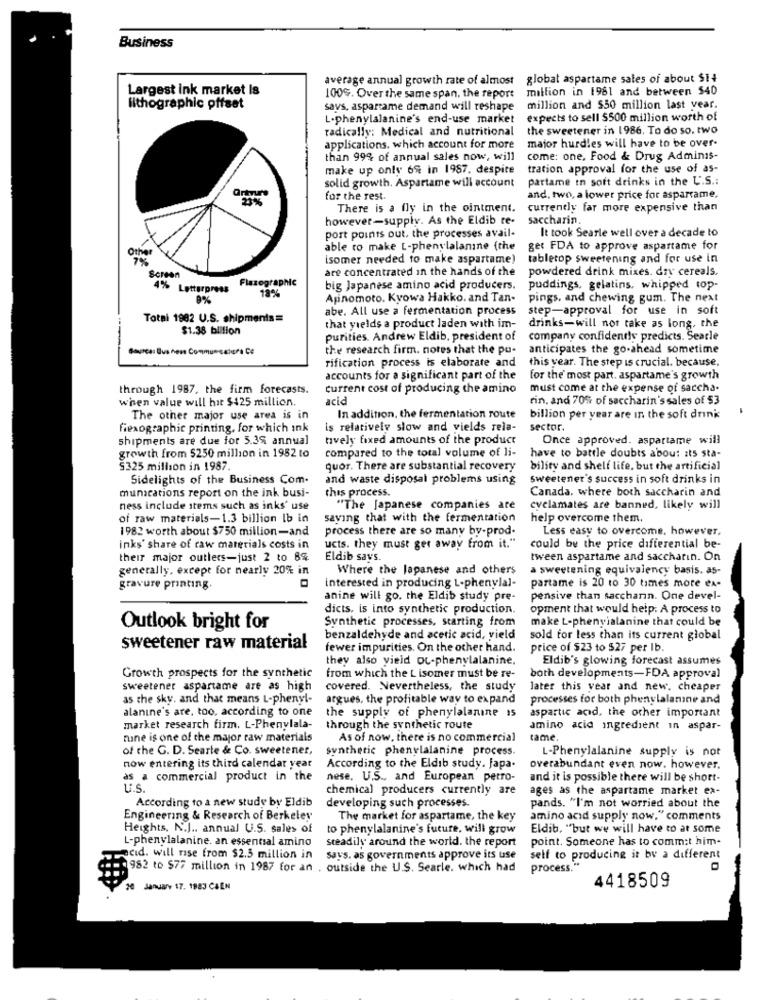
Business
average annual growth rate of almost globat aspartame sales of about $14
Largest ink market is
million in 1981 and between $40
100%. Over the same span, the report
lithographic offset
says, aspartame demand will reshape
million and $50 million last year.
L-phenylalanine's end-use market
expects to sell 5500 million worth of
radically; Medical and nutritional
the sweetener in 1986. To do so. two
applications, which account for more
major hurdles will have to be over-
than 99% of annual sales now, will
come: one, Food & Drug Adminis-
make up only 69 in 1987. despite
tration approval for the use of as-
partame in soft drinks in the U.S .:
solid growth. Aspartame will account
23%
for the rest.
and, two, a lower price for asparcame,
There is a fly in the ointment.
currently far more expensive than
however-supply. As the Eldib re-
saccharin.
port points out, the processes avail-
It took Searle well over a decade to
Other
able to make L-phenylalanine (the
get FDA to approve aspartame for
7%
isomer needed to make aspartame)
tabletop sweetening and for use in
are concentrated in the hands of the
powdered drink mixes. dry cereals.
Screen
Flazographic
4% Letterpress
18%
big Japanese amino acid producers.
puddings, gelatins, whipped top-
0%
Apinomoto. Kyowa Hakko. and Tan-
pings, and chewing gum. The next
abe. All use a fermentation process
step-approval for use in soft
Totai 1982 U.S. shipments=
$1.38 billion
that yields a product laden with im-
drinks-will not take as long, the
purities. Andrew Eldib, president of
company confidends predicts. Searle
Source: Bus hen Communsatura Ce
the research firm. notes that the pu-
anticipates the go-ahead sometime
this year. The step is crucial. because.
rification process is elaborate and
accounts for a significant part of the
for the most part. aspartame's growth
through 1987, the firm forecasts.
current cost of producing the amino
must come at the expense of saccha-
when value will hit $125 million.
acid
rin. and 70% of saccharin's sales of $3
The other major use area is in
In addition, the fermentation route
billion per year are In the soft drink
Fexographic printing, for which ink
is relatively slow and vields rela-
sector.
shipments are due for 5.39 annual
tively fixed amounts of the product
Once approved. aspartame will
compared to the total volume of li-
growth from $250 million in 1982 to
have to battle doubts about its sta-
5325 million in 1987.
quor. There are substantial recovery
bility and shelf life, but the artificial
Sidelights of the Business Com-
and waste disposal problems using
sweetener's success in soft drinks in
munications report on the ink busi-
this process.
Canada, where both saccharin and
ness include stems such as inks' use
"The Japanese companies are
cyclamates are banned, likely will
of raw materials-1.3 billion Ib in
saying that with the fermentation
help overcome them.
1982 worth about $750 million-and
process there are so many by-prod-
Less easy to overcome, however,
inks' share of raw materials costs in
ucts. they must get away from it."
could by the price differential be-
their major outlers-just 2 to 8%
Eldib says.
tween aspartame and saccharin. On
generally, except for nearly 20% in
Where the Japanese and others
a sweetening equivalency basis. as-
interested in producing L-phenylal-
gravure printing.
partame is 20 to 30 times more ex-
anine will go. the Eldib study pre-
pensive than saccharn. One devel-
dicts. is into synthetic production.
opment that would help. A process to
Synthetic processes, starting from
make L-phenylalanine that could be
Outlook bright for
benzaldehyde and acetic acid, yield
sold for less than its current global
sweetener raw material
fewer impurities. On the other hand.
price of $23 to $27 per Ib.
they also yield oc-phenylalanine.
Eldib's glowing forecast assumes
Growth prospects for the synthetic
from which the L isomer must be re-
both developments-FDA approval
sweetener aspartame are as high
covered. Nevertheless, the study
later this year and new. cheaper
as the sky, and that means L-phenyl-
argues, the profitable way to expand
processes for both phenylalanine and
alanine's are, too, according to one
the supply of phenylalanine is
aspartic acid, the other important
market research firm. L-Phenylala-
through the synthetic route
amino acid ingredient in aspar-
mine is one of the major raw materials
As of now, there is no commercial
came
of the G. D. Searte & Co. sweetener,
synthetic phenylalanine process.
L-Phenylalanine supply is not
now entering its third calendar year
According to the Eldib study. Japa-
overabundant even now. however.
as a commercial product in the
nese. U.S ., and European petro-
and it is possible there will be short-
U.S.
chemical producers currently are
ages as the aspartame market ex-
According to a new study by Eldib
developing such processes.
pands. "I'm not worried about the
Engineering & Research of Berkeley
The market for aspartame, the key
amino acid supply now." comments
Heights, N.J .. annual U.S. sales of
to phenylalanine's future, will grow
Eldib, "but we will have to at some
L-phenylalanine. an essential amino
steadily around the world. the report
point. Someone has to commit him-
acid. will rise from $2.5 million in
says. as governments approve its use
self to producing it by a different
1982 to $77 million in 1987 for an . outside the U.S. Searle. which had
process."
4418509
1 January 17. 1983 CAEN